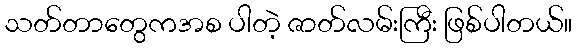
သတ်တာတွေကအစ ပါတဲ့ ဇာတ်လမ်းကြီး ဖြစ်ပါတယ်။